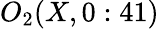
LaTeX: O_{2}(X,0:41)